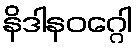
နိဒါနဝဂ္ဂေါ